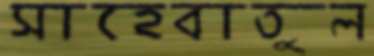
সাহেবাতুল